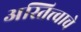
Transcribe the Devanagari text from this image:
अस्तित्त्वाचे